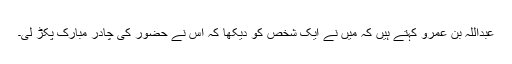
عبداللہ بن عمرو کہتے ہیں کہ مَیں نے ایک شخص کو دیکھا کہ اس نے حضورؐ کی چادر مبارک پکڑ لی۔